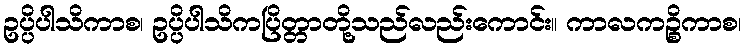
ဥပ္ပိပါသိကာစ၊ ဥပ္ပိပါသိကပြိတ္တာတို့သည်လည်းကောင်း။ ကာလကဉ္စိကာစ၊